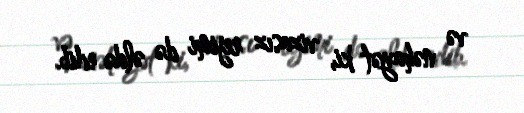
və nəhayət ki, vizasız rejimi də əldə edib.